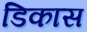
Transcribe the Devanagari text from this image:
डिकास